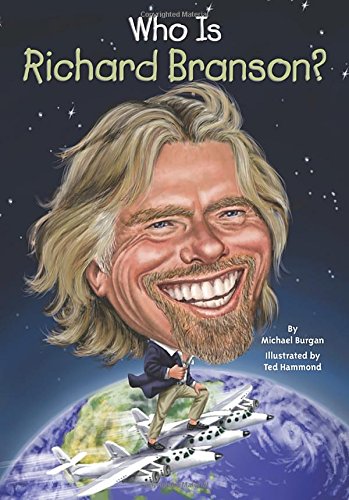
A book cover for Who Is Richard Branson? (Who Was...?); Michael Burgan; Children's Books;